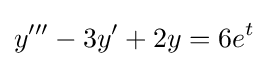
y'''-3y'+2y=6e^{t}